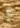
و